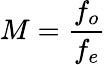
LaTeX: M={\frac{f_{o}}{f_{e}}}